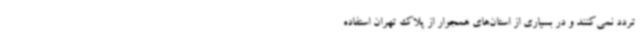
تردد نمی‌کنند و در بسیاری از استان‌های همجوار از پلاک تهران استفاده